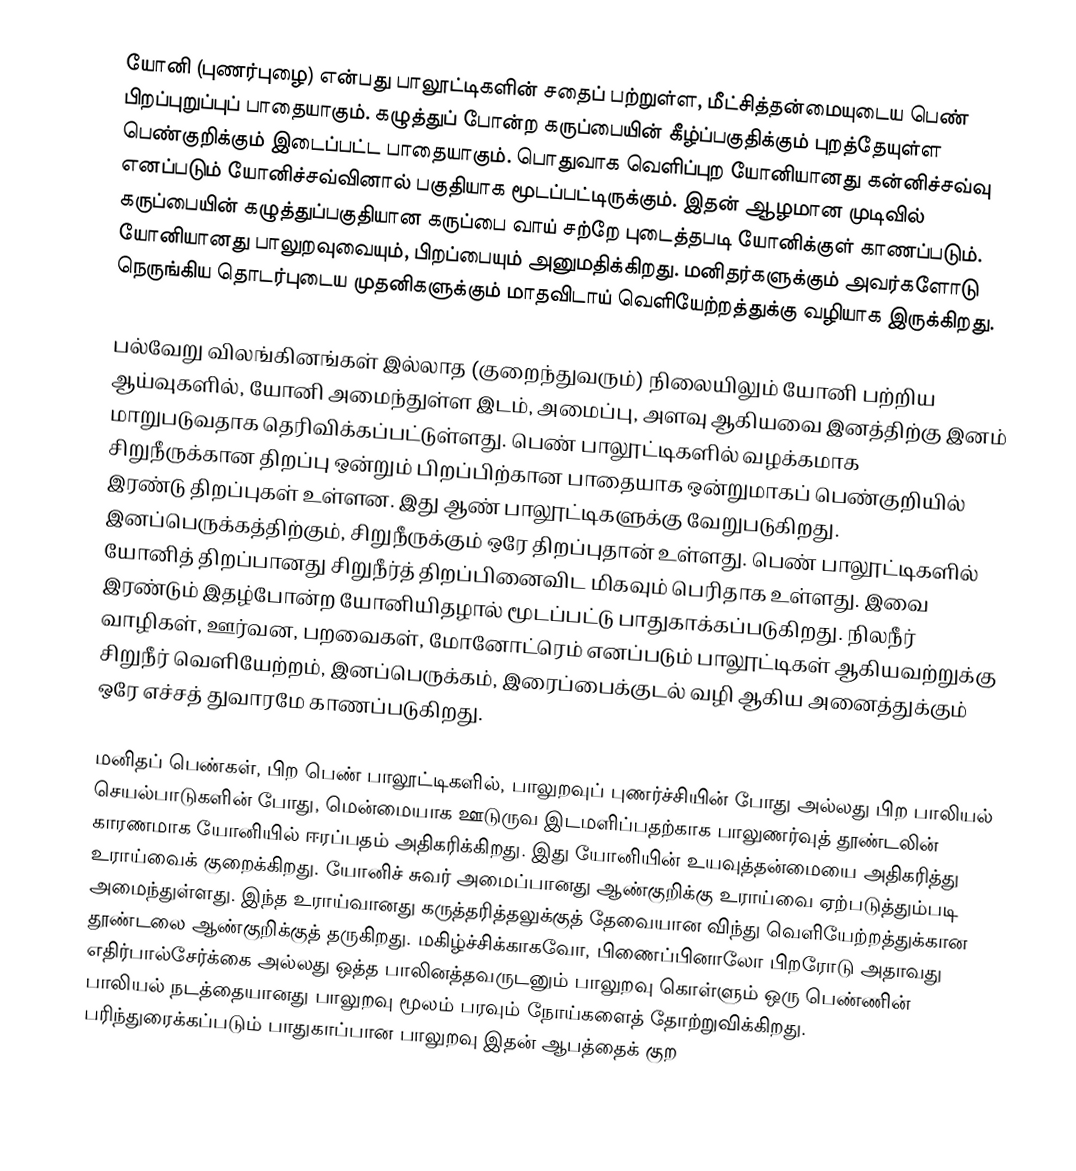
யோனி (புணர்புழை) என்பது பாலூட்டிகளின் சதைப் பற்றுள்ள, மீட்சித்தன்மையுடைய பெண் பிறப்புறுப்புப் பாதையாகும். கழுத்துப் போன்ற கருப்பையின் கீழ்ப்பகுதிக்கும் புறத்தேயுள்ள பெண்குறிக்கும் இடைப்பட்ட பாதையாகும். பொதுவாக வெளிப்புற யோனியானது கன்னிச்சவ்வு எனப்படும் யோனிச்சவ்வினால் பகுதியாக மூடப்பட்டிருக்கும். இதன் ஆழமான முடிவில் கருப்பையின் கழுத்துப்பகுதியான கருப்பை வாய் சற்றே புடைத்தபடி யோனிக்குள் காணப்படும்.  யோனியானது பாலுறவுவையும், பிறப்பையும் அனுமதிக்கிறது. மனிதர்களுக்கும் அவர்களோடு நெருங்கிய தொடர்புடைய முதனிகளுக்கும் மாதவிடாய் வெளியேற்றத்துக்கு வழியாக இருக்கிறது.

பல்வேறு விலங்கினங்கள் இல்லாத (குறைந்துவரும்) நிலையிலும் யோனி பற்றிய ஆய்வுகளில், யோனி அமைந்துள்ள இடம், அமைப்பு, அளவு ஆகியவை இனத்திற்கு இனம் மாறுபடுவதாக தெரிவிக்கப்பட்டுள்ளது. பெண் பாலூட்டிகளில் வழக்கமாக சிறுநீருக்கான திறப்பு ஒன்றும் பிறப்பிற்கான பாதையாக ஒன்றுமாகப் பெண்குறியில் இரண்டு திறப்புகள் உள்ளன. இது ஆண் பாலூட்டிகளுக்கு வேறுபடுகிறது. இனப்பெருக்கத்திற்கும், சிறுநீருக்கும் ஒரே  திறப்புதான் உள்ளது. பெண் பாலூட்டிகளில் யோனித் திறப்பானது சிறுநீர்த் திறப்பினைவிட மிகவும் பெரிதாக உள்ளது. இவை இரண்டும் இதழ்போன்ற யோனியிதழால் மூடப்பட்டு பாதுகாக்கப்படுகிறது. நிலநீர் வாழிகள், ஊர்வன, பறவைகள், மோனோட்ரெம் எனப்படும் பாலூட்டிகள் ஆகியவற்றுக்கு சிறுநீர் வெளியேற்றம், இனப்பெருக்கம், இரைப்பைக்குடல் வழி ஆகிய அனைத்துக்கும் ஒரே எச்சத் துவாரமே காணப்படுகிறது.

மனிதப் பெண்கள், பிற பெண் பாலூட்டிகளில், பாலுறவுப் புணர்ச்சியின் போது அல்லது பிற பாலியல் செயல்பாடுகளின் போது, மென்மையாக ஊடுருவ இடமளிப்பதற்காக பாலுணர்வுத் தூண்டலின் காரணமாக யோனியில் ஈரப்பதம் அதிகரிக்கிறது. இது யோனியின் உயவுத்தன்மையை அதிகரித்து உராய்வைக் குறைக்கிறது. யோனிச் சுவர் அமைப்பானது ஆண்குறிக்கு உராய்வை ஏற்படுத்தும்படி அமைந்துள்ளது. இந்த உராய்வானது கருத்தரித்தலுக்குத் தேவையான விந்து வெளியேற்றத்துக்கான தூண்டலை ஆண்குறிக்குத் தருகிறது. மகிழ்ச்சிக்காகவோ, பிணைப்பினாலோ பிறரோடு அதாவது எதிர்பால்சேர்க்கை அல்லது ஒத்த பாலினத்தவருடனும் பாலுறவு கொள்ளும் ஒரு பெண்ணின் பாலியல் நடத்தையானது பாலுறவு மூலம் பரவும் நோய்களைத் தோற்றுவிக்கிறது. பரிந்துரைக்கப்படும் பாதுகாப்பான பாலுறவு இதன் ஆபத்தைக் குற